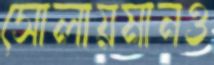
সোলায়মানও